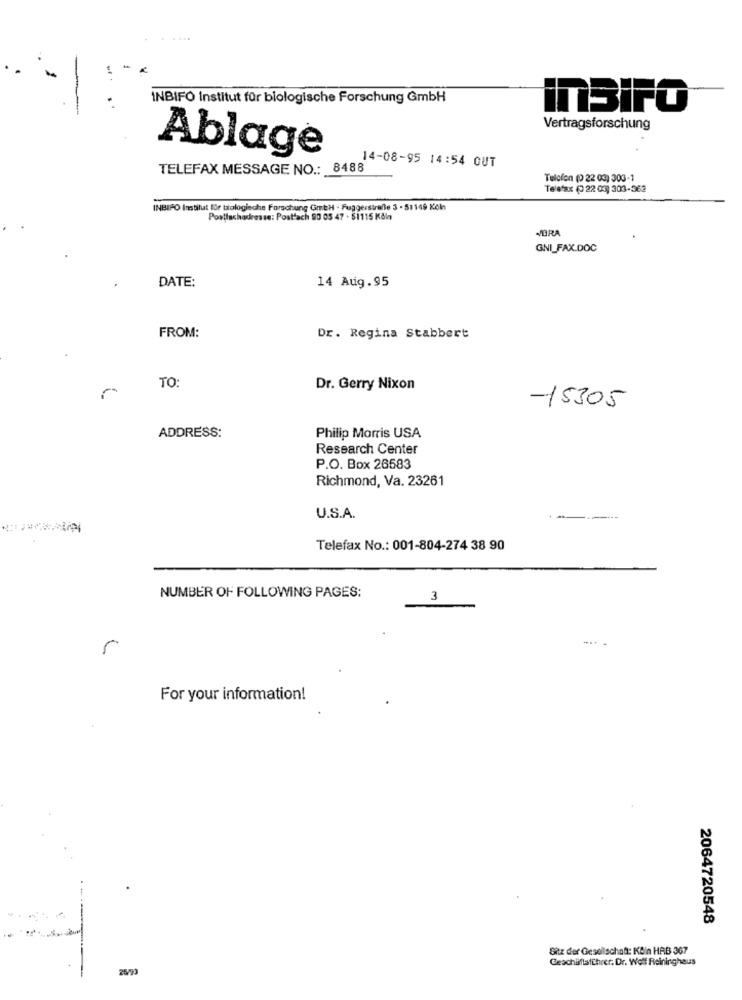
INBIFO Institut für biologische Forschung GmbH
inSIFO
Vertragsforschung
Ablage
14-08-95 14:54 GUT
TELEFAX MESSAGE NO .: 8488
Telefon (0 22 03) 303-1
Telefax ( 22 03) 303-362
INBIFO Institut für tatologinche Forschung GmbH - Fuggerstrafte 3 - 51149 Köln
Postiachadresse: Postfach 90 03 47 . 51115 Köln
VORA
GNI_FAX.DOC
DATE:
14 Aug.95
FROM:
Dr. Regina Stabbert
TO:
Dr. Gerry Nixon
-15305
ADDRESS:
Philip Morris USA
Research Center
P.O. Box 26583
Richmond, Va. 23261
U.S.A.
Telefax No .: 001-804-274 38 90
NUMBER OF FOLLOWING PAGES:
3
5
For your information!
2064720548
Sitz der Gesellschaft: KBin HAB 367
Geschäftsführer. Dr. Wolf Reininghaus
25/93